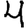
Digit: 4